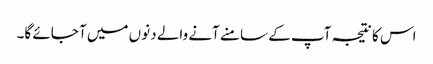
اس کا نتیجہ آپ کے سامنے آنے والے دنوں میں آ جائے گا۔